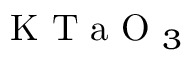
\mathrm { ~ K ~ T ~ a ~ O ~ } _ { 3 }